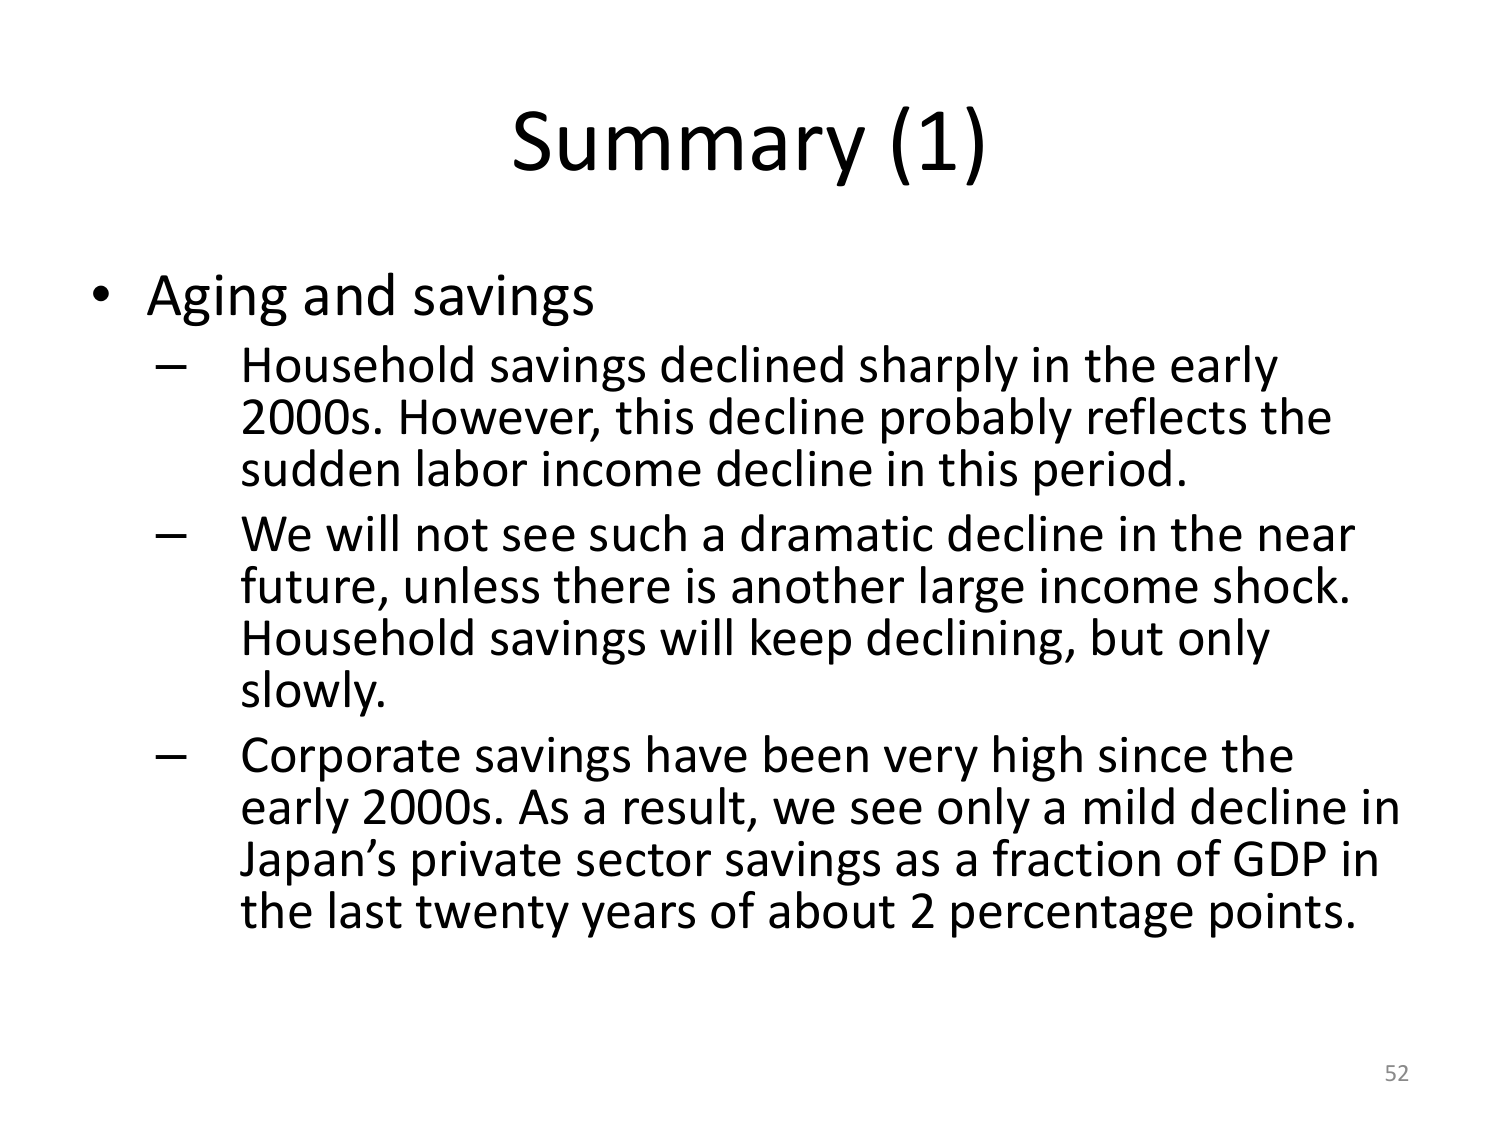
Summary (1)

• Aging and savings
– Household savings declined sharply in the early 2000s. However, this decline probably reflects the sudden labor income decline in this period.
– We will not see such a dramatic decline in the near future, unless there is another large income shock. Household savings will keep declining, but only slowly.
– Corporate savings have been very high since the early 2000s. As a result, we see only a mild decline in Japan’s private sector savings as a fraction of GDP in the last twenty years of about 2 percentage points.

52